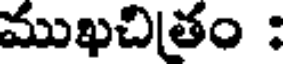
ముఖచితం :